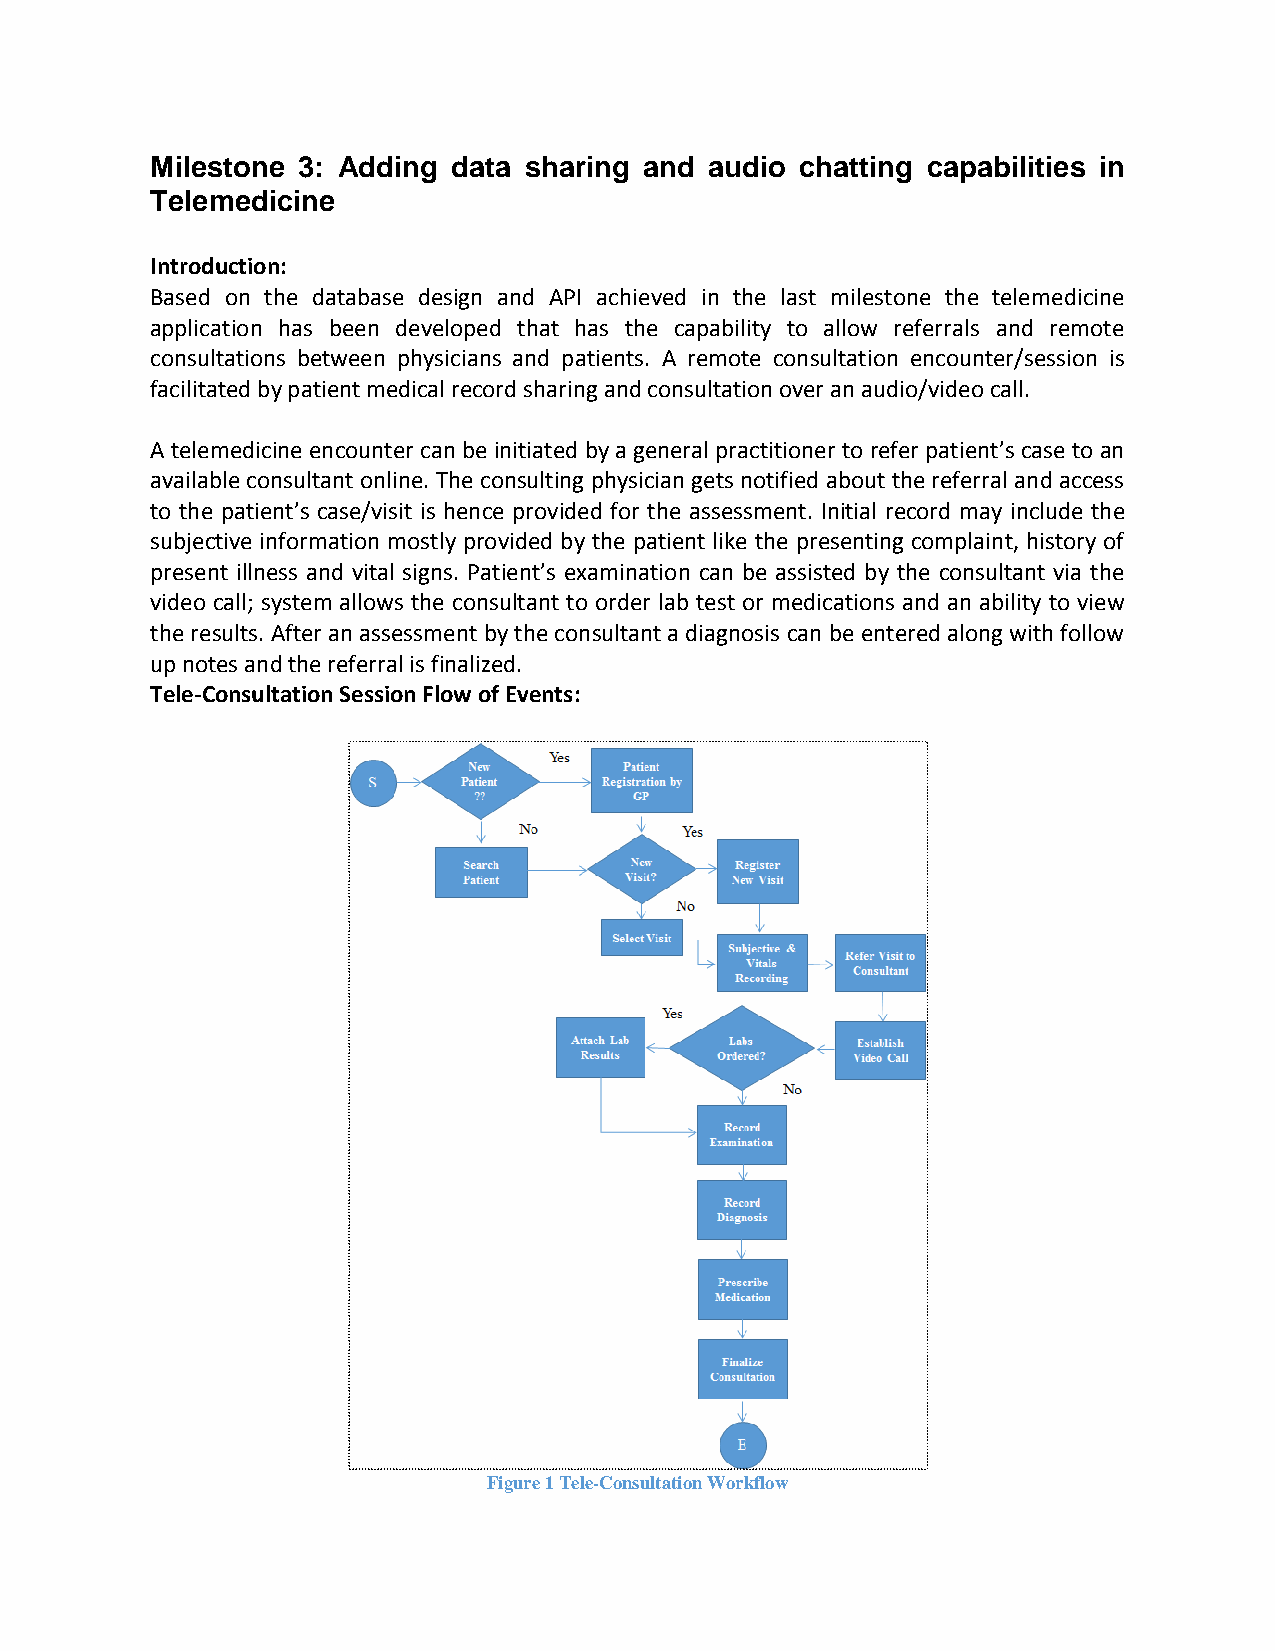
Milestone 3: Adding data sharing and audio chatting capabilities in
 Telemedicine
 Introduction:
 Based on the database design and API achieved in the last milestone the telemedicine
 application has been developed that has the capability to allow referrals and remote
 consultations between physicians and patients. A remote consultation encounter/session is
 facilitated by patient medical record sharing and consultation over an audio/video call.
 A telemedicine encounter can be initiated by a general practitioner to refer patient’s case to an
 available consultant online. The consulting physician gets notified about the referral and access
 to the patient’s case/visit is hence provided for the assessment. Initial record may include the
 subjective information mostly provided by the patient like the presenting complaint, history of
 present illness and vital signs. Patient’s examination can be assisted by the consultant via the
 video call; system allows the consultant to order lab test or medications and an ability to view
 the results. After an assessment by the consultant a diagnosis can be entered along with follow
 up notes and the referral is finalized.
 Tele-Consultation Session Flow of Events:
 Figure 1 Tele-Consultation Workflow